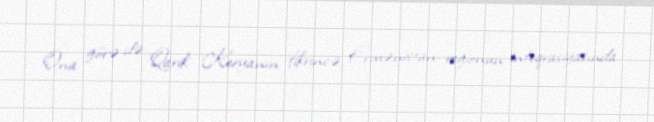
Ona görə də Qarik Keryanın fikrincə, Ermənistan regionun inteqrasiyasında